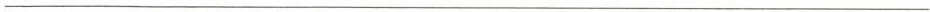
___